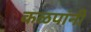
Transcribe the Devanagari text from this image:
कळपांनी